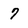
Character: 7